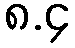
၈.၄